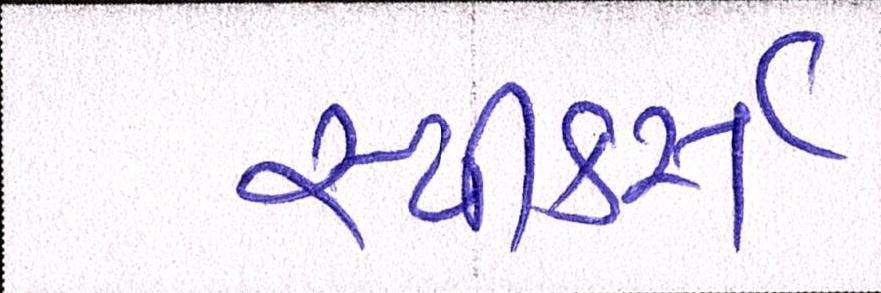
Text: સ્પીકર્સ